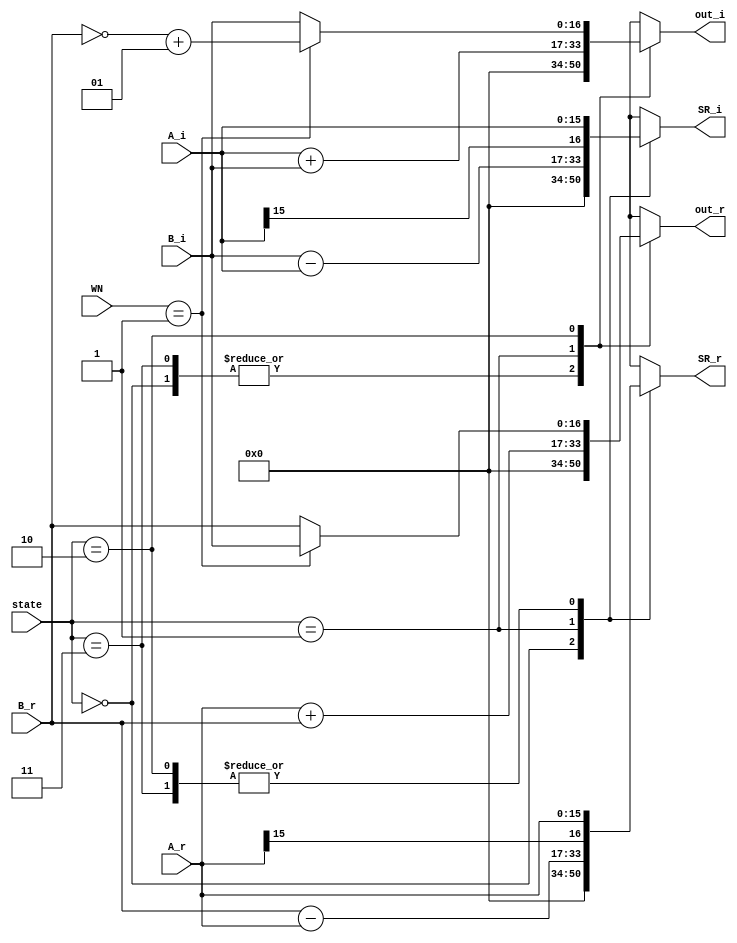
// ====================================================================
// Module: BUTTERFLY_R2_4                                           
// 
// This is Butterfly-unit for doing radix2-FFT. where B is connected
// to the output of the shift-register (single path delay) and that A 
// is connected to the data input. 
// 
// Note: Only contain the combinational part, so the next stage should
// add the flipflop to its input to ensure the existence of full 
// access time
// 
// A             : 9-bit  integer, 7-bit fractional
// B, SR         : 10-bit  integer, 7-bit fractional (extension)
// WN            : (1+0j) or (0-1j)
// out           : 10-bit  integer, 7-bit fractional 
// ===================================================================
module BUTTERFLY_R2_4(
    input [1:0]                 state,
    input signed [15:0]         A_r,
    input signed [15:0]         A_i,
    input signed [16:0]         B_r,
    input signed [16:0]         B_i,
    input [1:0]                 WN,
    
    output reg signed [16:0]    out_r,
    output reg signed [16:0]    out_i,
    output reg signed [16:0]    SR_r,
    output reg signed [16:0]    SR_i
);
    // state parameter
    parameter IDLE      = 2'b00;
    parameter FIRST     = 2'b01;
    parameter SECOND    = 2'b10;
    parameter WAITING   = 2'b11;

    // WN parameter
    parameter ZERO      = 2'b00;
    parameter ONE       = 2'b01;
    parameter TWO       = 2'b10;
    parameter THREE     = 2'b11;
    
    wire [16:0] B_r_neg;
    assign B_r_neg = ~B_r + 1;
    
    always@(*) begin
        case(state)          
            IDLE: begin
                out_r = 0;
                out_i = 0;
                SR_r = 0;
                SR_i = 0;
            end

            // In waiting state, we directly let A delay for N/2 cycle.
            WAITING: begin
                out_r = 0;
                out_i = 0;
                SR_r = {A_r[15], A_r};
                SR_i = {A_i[15], A_i};
            end
            
            // In first state, add the delayed-data with input data and output it (g)
            // Also, subtract the delayed-data from input data and 
            // let it delay for N/2 cycle (send it to shift register)
            FIRST: begin
                out_r = $signed({A_r[15], A_r}) + B_r;
                out_i = $signed({A_i[15], A_i}) + B_i;
                SR_r = B_r - $signed({A_r[15], A_r}); // B:from delay, A: from input
                SR_i = B_i - $signed({A_i[15], A_i});
            end

            // In second state, multiply delayed-data (h1~hN) with corresponding W (
            // W^0~W^(N-1)/2 and output it
            SECOND: begin
                case(WN)
                    ZERO: begin
                        out_r = B_r;
                        out_i = B_i;
                    end
                    ONE: begin
                        out_r = B_i;
                        out_i = B_r_neg;
                    end
                    default: begin
                        out_r = B_r;
                        out_i = B_i;
                    end
                endcase
                SR_r = {A_r[15], A_r};
                SR_i = {A_i[15], A_i};
            end
            
            default: begin
                out_r = 0;
                out_i = 0;
                SR_r = 0;
                SR_i = 0;
            end

        endcase
    end

endmodule